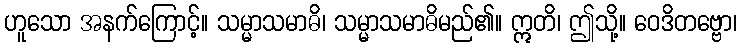
ဟူသော အနက်ကြောင့်။ သမ္မာသမာဓိ၊ သမ္မာသမာဓိမည်၏။ ဣတိ၊ ဤသို့။ ဝေဒိတဗ္ဗော၊